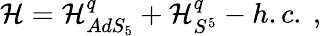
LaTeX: {\cal H}={\cal H}_{AdS_{5}}^{q}+{\cal H}_{S^{5}}^{q}-h.c.\ ,